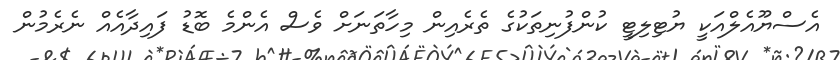
އެސްޔޫއެލްއަކީ ޔުޓިލިޓީ ކުންފުނިތަކުގެ ތެރެއިން މިހާތަނަށް ވެސް އެންމެ ބޮޑު ފައިދާއެއް ނެރެމުން